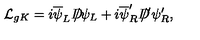
{ \cal L } _ { g K } = i \overline { { \psi } } _ { L } D \! \! \! \! / \psi _ { L } + i \overline { { \psi } } _ { R } ^ { \prime } D \! \! \! \! / ^ { \prime } \psi _ { R } ^ { \prime } ,